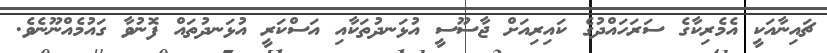
ޗައިނާއަކީ އެމެރިކާގެ ސަރަހައްދުގެ ކައިރިއަށް ޖާސޫސީ އުޅަނދުތަކާއި އަސްކަރީ އުޅަނދުތައް ފޮނުވާ ގައުމެއްނޫނެވެ.